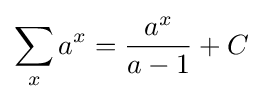
\sum _{x}a^{x}={\frac {a^{x}}{a-1}}+C